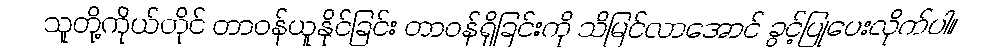
သူတို့ကိုယ်တိုင် တာဝန်ယူနိုင်ခြင်း တာဝန်ရှိခြင်းကို သိမြင်လာအောင် ခွင့်ပြုပေးလိုက်ပါ။